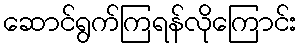
ဆောင်ရွက်ကြရန်လိုကြောင်း